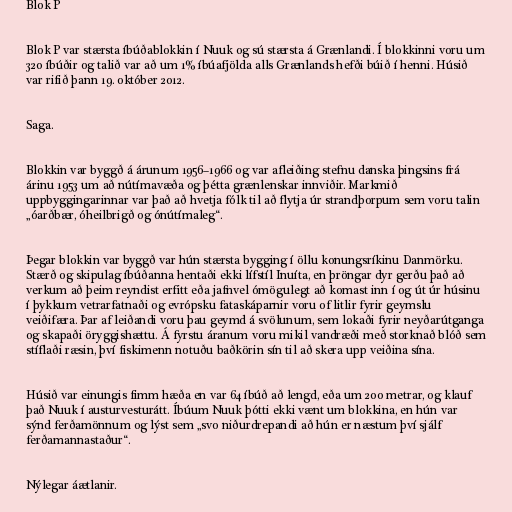
Blok P

Blok P var stærsta íbúðablokkin í Nuuk og sú stærsta á Grænlandi. Í blokkinni voru um
320 íbúðir og talið var að um 1% íbúafjölda alls Grænlands hefði búið í henni. Húsið
var rifið þann 19. október 2012.

Saga.

Blokkin var byggð á árunum 1956–1966 og var afleiðing stefnu danska þingsins frá
árinu 1953 um að nútímavæða og þétta grænlenskar innviðir. Markmið
uppbyggingarinnar var það að hvetja fólk til að flytja úr strandþorpum sem voru talin
„óarðbær, óheilbrigð og ónútímaleg“.

Þegar blokkin var byggð var hún stærsta bygging í öllu konungsríkinu Danmörku.
Stærð og skipulag íbúðanna hentaði ekki lífstíl Inuíta, en þröngar dyr gerðu það að
verkum að þeim reyndist erfitt eða jafnvel ómögulegt að komast inn í og út úr húsinu
í þykkum vetrarfatnaði og evrópsku fataskáparnir voru of litlir fyrir geymslu
veiðifæra. Þar af leiðandi voru þau geymd á svölunum, sem lokaði fyrir neyðarútganga
og skapaði öryggishættu. Á fyrstu áranum voru mikil vandræði með storknað blóð sem
stíflaði ræsin, því fiskimenn notuðu baðkörin sín til að skera upp veiðina sína.

Húsið var einungis fimm hæða en var 64 íbúð að lengd, eða um 200 metrar, og klauf
það Nuuk í austurvesturátt. Íbúum Nuuk þótti ekki vænt um blokkina, en hún var
sýnd ferðamönnum og lýst sem „svo niðurdrepandi að hún er næstum því sjálf
ferðamannastaður“.

Nýlegar áætlanir.